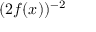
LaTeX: ( 2 f ( x ) ) ^ { - 2 }